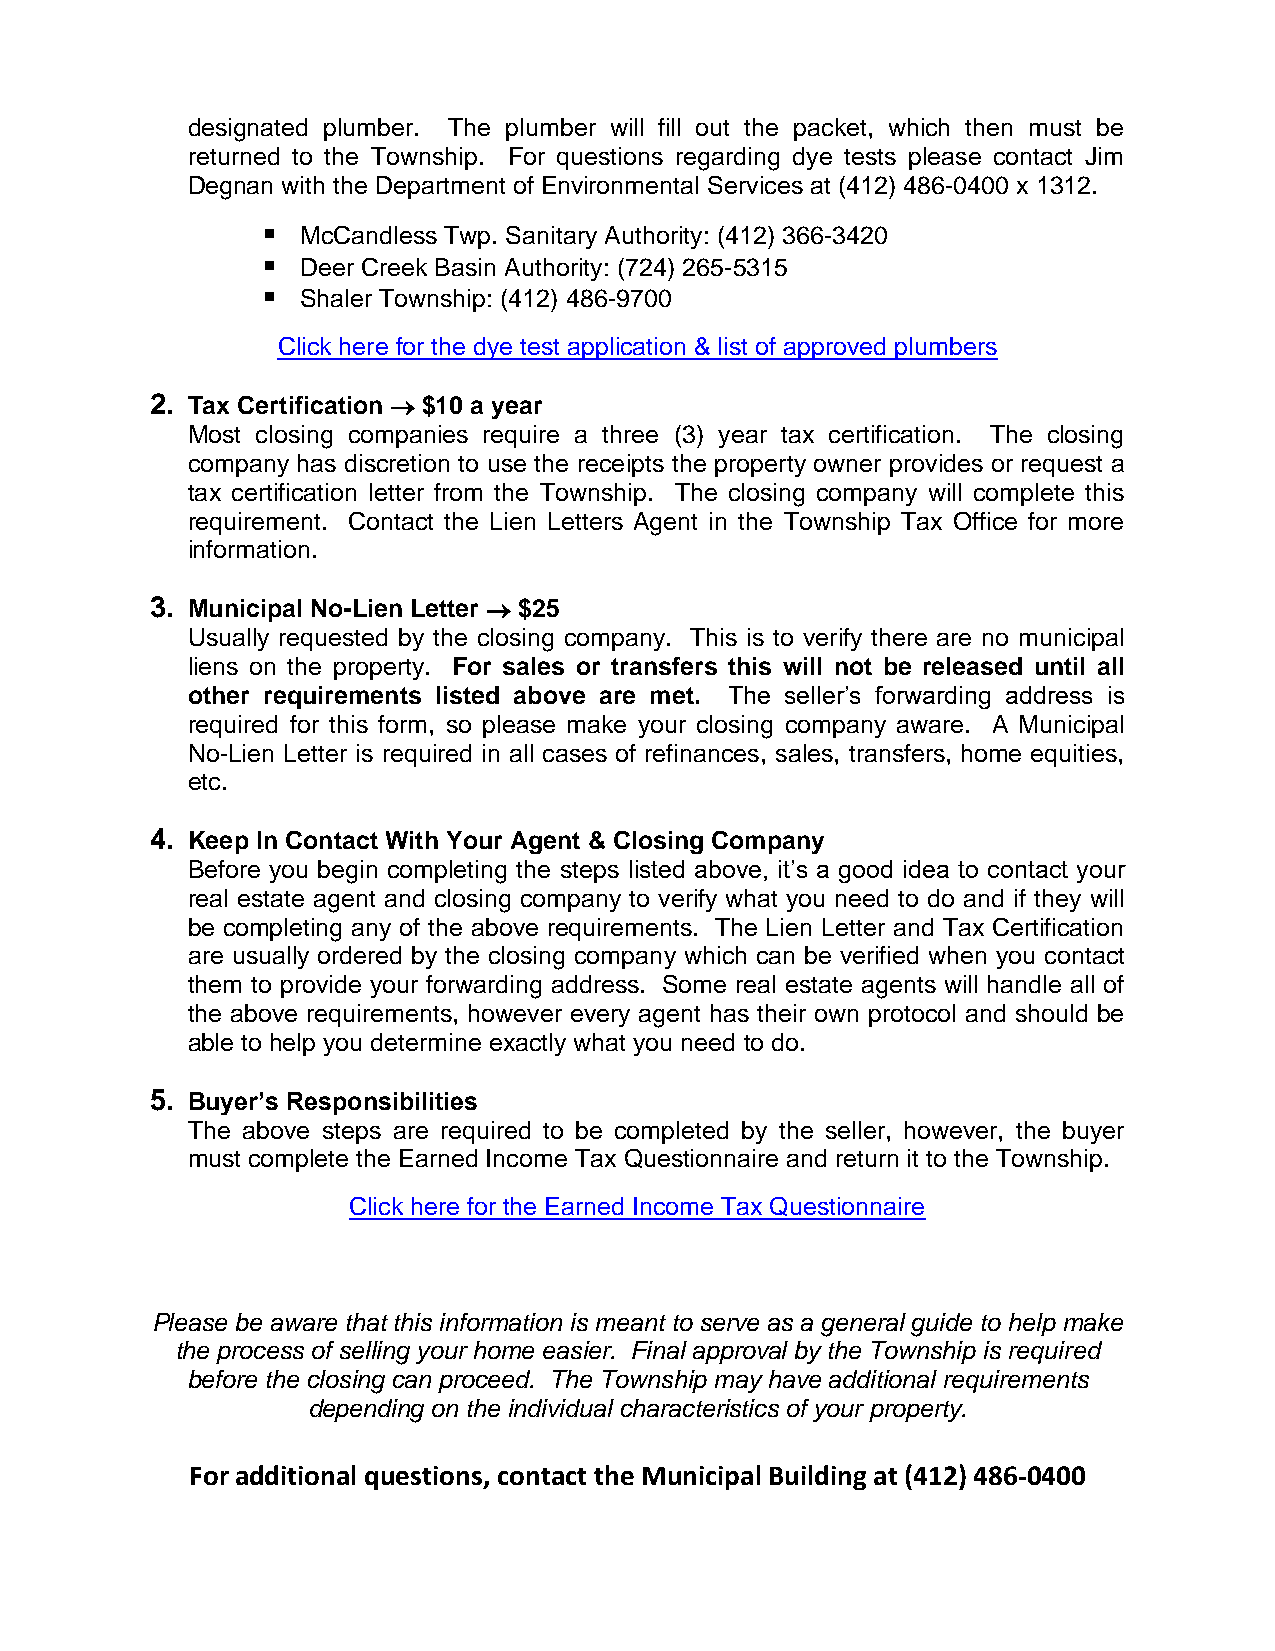
designated plumber. The plumber will fill out the packet, which then must be
 returned to the Township. For questions regarding dye tests please contact Jim
 Degnan with the Department of Environmental Services at (412) 486-0400 x 1312.
 ▪  McCandless Twp. Sanitary Authority: (412) 366-3420
 ▪  Deer Creek Basin Authority: (724) 265-5315
 ▪  Shaler Township: (412) 486-9700
 Click here for the dye test application & list of approved plumbers
 2. Tax Certification → $10 a year
 Most closing companies require a three (3) year tax certification. The closing
 company has discretion to use the receipts the property owner provides or request a
 tax certification letter from the Township. The closing company will complete this
 requirement. Contact the Lien Letters Agent in the Township Tax Office for more
 information.
 3. Municipal No-Lien Letter → $25
 Usually requested by the closing company. This is to verify there are no municipal
 liens on the property. For sales or transfers this will not be released until all
 other requirements listed above are met. The seller’s forwarding address is
 required for this form, so please make your closing company aware. A Municipal
 No-Lien Letter is required in all cases of refinances, sales, transfers, home equities,
 etc.
 4. Keep In Contact With Your Agent & Closing Company
 Before you begin completing the steps listed above, it’s a good idea to contact your
 real estate agent and closing company to verify what you need to do and if they will
 be completing any of the above requirements. The Lien Letter and Tax Certification
 are usually ordered by the closing company which can be verified when you contact
 them to provide your forwarding address. Some real estate agents will handle all of
 the above requirements, however every agent has their own protocol and should be
 able to help you determine exactly what you need to do.
 5. Buyer’s Responsibilities
 The above steps are required to be completed by the seller, however, the buyer
 must complete the Earned Income Tax Questionnaire and return it to the Township.
 Click here for the Earned Income Tax Questionnaire
 Please be aware that this information is meant to serve as a general guide to help make
 the process of selling your home easier. Final approval by the Township is required
 before the closing can proceed. The Township may have additional requirements
 depending on the individual characteristics of your property.
 For additional questions, contact the Municipal Building at (412) 486-0400